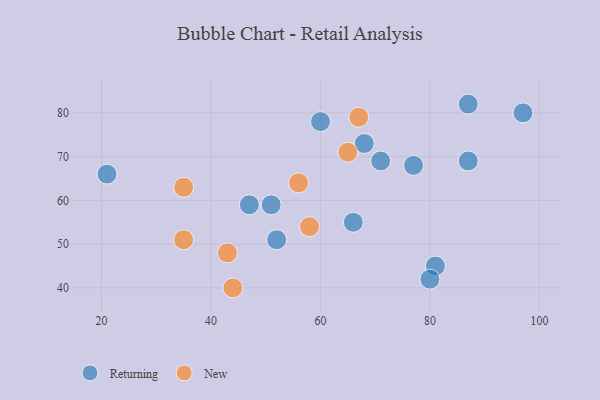
{"axis": {"x": "GDP", "y": "Life Expectancy"}, "legend": ["New", "Returning"], "data": [{"x": "81", "y": 45, "type": "Returning"}, {"x": "52", "y": 51, "type": "Returning"}, {"x": "60", "y": 78, "type": "Returning"}, {"x": "68", "y": 73, "type": "Returning"}, {"x": "87", "y": 69, "type": "Returning"}, {"x": "87", "y": 82, "type": "Returning"}, {"x": "47", "y": 59, "type": "Returning"}, {"x": "21", "y": 66, "type": "Returning"}, {"x": "77", "y": 68, "type": "Returning"}, {"x": "97", "y": 80, "type": "Returning"}, {"x": "71", "y": 69, "type": "Returning"}, {"x": "80", "y": 42, "type": "Returning"}, {"x": "51", "y": 59, "type": "Returning"}, {"x": "66", "y": 55, "type": "Returning"}, {"x": "35", "y": 63, "type": "New"}, {"x": "67", "y": 79, "type": "New"}, {"x": "43", "y": 48, "type": "New"}, {"x": "44", "y": 40, "type": "New"}, {"x": "58", "y": 54, "type": "New"}, {"x": "56", "y": 64, "type": "New"}, {"x": "65", "y": 71, "type": "New"}, {"x": "35", "y": 51, "type": "New"}]}